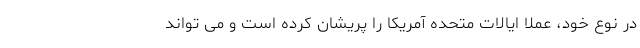
در نوع خود، عملا ایالات متحده آمریکا را پریشان کرده است و می تواند